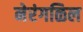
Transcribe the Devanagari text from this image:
नेरंगळिल